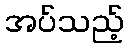
အပ်သည့်